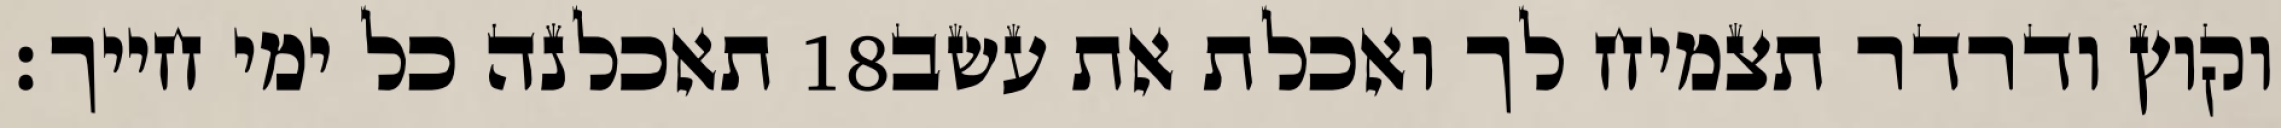
תאכלנה כל ימי חייך׃ ‎18‏ וקוץ ודרדר תצמיח לך ואכלת את עשב